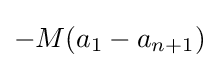
-M(a_{1}-a_{n+1})